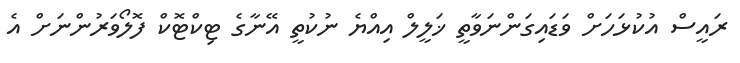
ރައީސް އުކުޅަހަށް ވަޑައިގަންނަވާތީ ޚަލީލް އިއްޔެ ނުކުތީ އޭނާގެ ޓިކްޓޮކް ފޮލޯވަރުންނަށް އެ